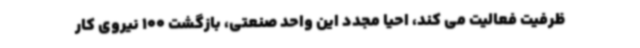
ظرفیت فعالیت می کند، احیا مجدد این واحد صنعتی، بازگشت 100 نیروی کار